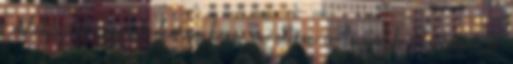
Emlekszem gyerek koromban en ettem a legtobb edesseget a